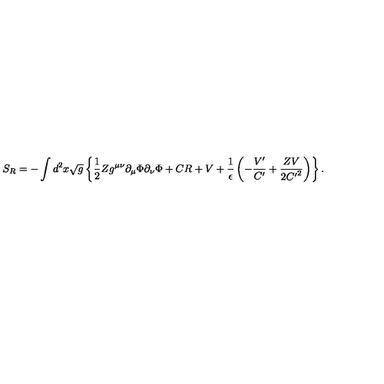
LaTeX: S _ { R } = - \int d ^ { 2 } x \sqrt { g } \left\{ \frac { 1 } { 2 } Z g ^ { \mu \nu } \partial _ { \mu } \Phi \partial _ { \nu } \Phi + C R + V + \frac { 1 } { \epsilon } \left( - \frac { V ^ { \prime } } { C ^ { \prime } } + \frac { Z V } { 2 { C ^ { \prime } } ^ { 2 } } \right) \right\} .